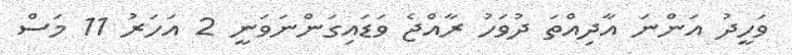
ވަހީދު އަންނަ އާދިއްތަ ދުވަހު ރާއްޖެ ވަޑައިގަންނަވަނީ 2 އަހަރު 11 މަސް